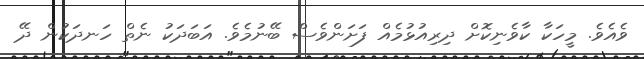
ވެއެވެ. މީހަކާ ކާވެނިކޮށް ދިރިއުޅުމެއް ފަށަންވެސް ބޭނުމެވެ. އަބަދަކު ނެތް ހަނދަކުން ދޭ